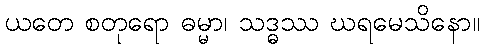
ယတေ စတုရော ဓမ္မာ၊ သဒ္ဓဿ ဃရမေသိနော။